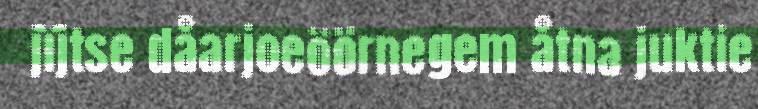
jïjtse dåarjoeöörnegem åtna juktie